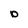
Character: D